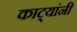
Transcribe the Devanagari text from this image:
काट्यांनी